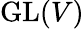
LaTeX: {\mathrm{GL}}(V)